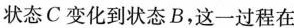
状态C变化到状态B，这一过程在